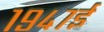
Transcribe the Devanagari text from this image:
१९४७ई